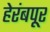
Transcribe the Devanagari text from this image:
हेरंबपूर